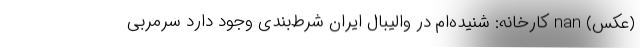
(عکس) nan کارخانه: شنیده‌ام در والیبال ایران شرط‌بندی وجود دارد سرمربی